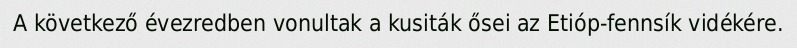
A következő évezredben vonultak a kusiták ősei az Etióp-fennsík vidékére.